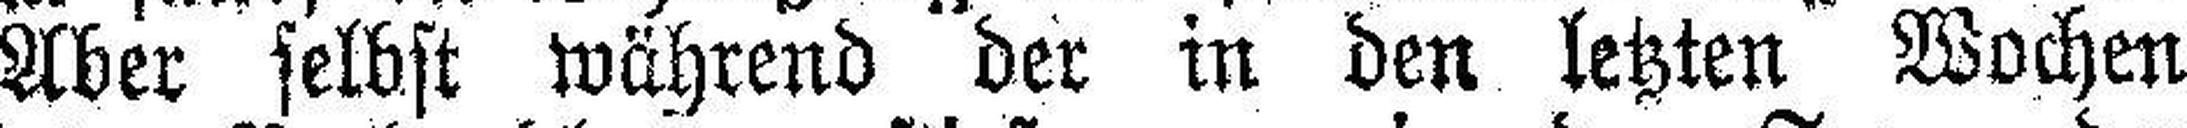
Aber selbst während der in den letzten Wochen